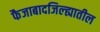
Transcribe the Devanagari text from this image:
फैजाबादजिल्ह्यातील